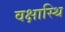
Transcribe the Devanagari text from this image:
वक्षास्थि